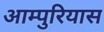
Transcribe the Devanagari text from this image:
आम्पुरियास